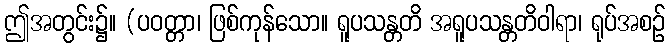
ဤအတွင်း၌။ (ပဝတ္တာ၊ ဖြစ်ကုန်သော။ ရူပသန္တတိ အရူပသန္တတိဝါရာ၊ ရုပ်အစဉ်